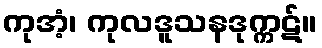
ကုအံ့၊ ကုလဒူသနဒုက္ကဋ်။